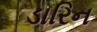
ડારિન